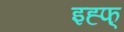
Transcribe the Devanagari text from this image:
इह्फ्